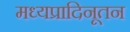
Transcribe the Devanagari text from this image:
मध्यप्रादिनूतन